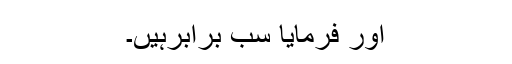
اور فرمایا سب برابرہیں۔